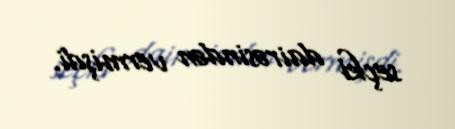
seçki dairəsindən vermişdi.